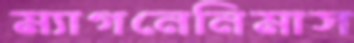
ম্যাগনেনিমাস